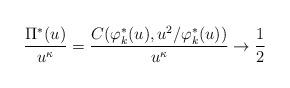
LaTeX: \begin{align*}{\Pi^*(u) \over u^{\kappa } }={C(\varphi_k^*(u),u^2/\varphi_k^*(u)) \over u^{\kappa } }\to {1\over 2}\end{align*}